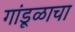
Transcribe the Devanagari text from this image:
गांडूळाचा